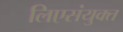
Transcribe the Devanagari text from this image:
लिएसंयुक्त